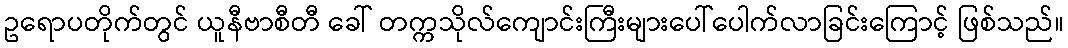
ဥရောပတိုက်တွင် ယူနီဗာစီတီ ခေါ် တက္ကသိုလ်ကျောင်းကြီးများပေါ်ပေါက်လာခြင်းကြောင့် ဖြစ်သည်။